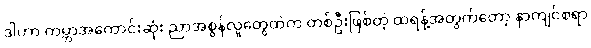
ဒါဟာ ကမ္ဘာအကောင်းဆုံး ညာအစွန်လူတွေထဲက တစ်ဦးဖြစ်တဲ့ ထရန့်အတွက်တော့ နာကျင်စရာ